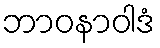
ဘာဝနာဝါဒံ